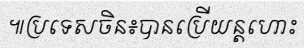
៕ប្រទេសចិន៖បានប្រើយន្តហោះ